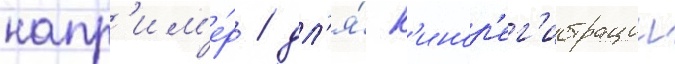
напр'им'е́р / дл'я́ к'инор'ег'истрации